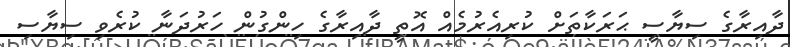
ދާއިރާގެ ސިޔާސީ ޙަރަކާތަށް ކުރިއެރުމެއް އޮތީ ދާއިރާގެ ހިންގުން ހަރުދަނާ ކުރެވި ސިޔާސި